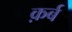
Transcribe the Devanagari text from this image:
क़र्ब